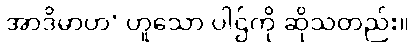
အာဒိမာဟ’ ဟူသော ပါဌ်ကို ဆိုသတည်း။